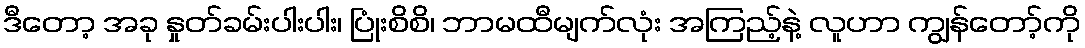
ဒီတော့ အခု နှုတ်ခမ်းပါးပါး၊ ပြုံးစိစိ၊ ဘာမထီမျက်လုံး အကြည့်နဲ့ လူဟာ ကျွန်တော့်ကို